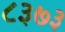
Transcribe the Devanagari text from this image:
८३७३